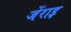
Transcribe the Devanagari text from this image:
जेंराइ